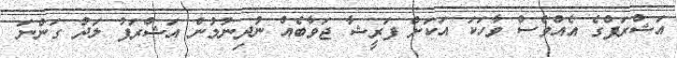
އަޝްރަފްގެ އެއްވެސް ވާހަކަ އަކަށް ފަރީޝާ ޖަވާބެއް ނުދިނުމުން އަޝްރަފު ލަދު ގަންނަ